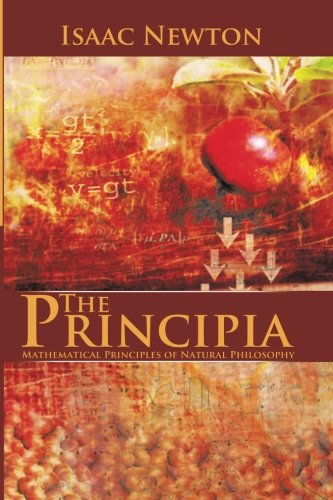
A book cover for The Principia : Mathematical Principles of Natural Philosophy; Isaac Newton; Science & Math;